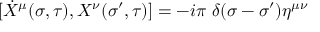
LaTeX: [ \dot { X } ^ { \mu } ( \sigma , \tau ) , X ^ { \nu } ( \sigma ^ { \prime } , \tau ) ] = - i \pi \; \delta ( \sigma - \sigma ^ { \prime } ) \eta ^ { \mu \nu }